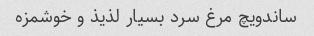
ساندویچ مرغ سرد بسیار لذیذ و خوشمزه